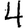
Digit: 4